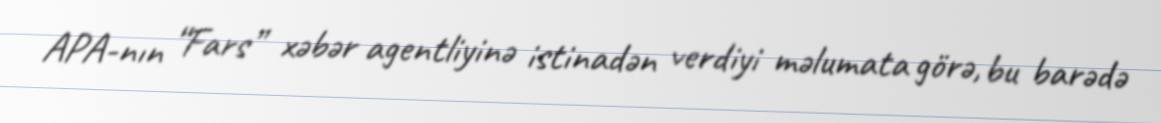
APA-nın “Fars” xəbər agentliyinə istinadən verdiyi məlumata görə, bu barədə